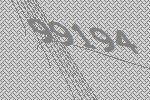
99194